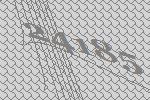
24185